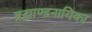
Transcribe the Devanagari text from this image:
ब्रह्माण्डनायिका